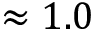
\approx 1 . 0